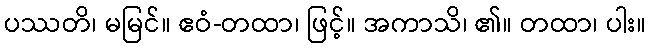
ပဿတိ၊ မမြင်။ ဧဝံ-တထာ၊ ဖြင့်။ အကာသိ၊ ၏။ တထာ၊ ပါး။